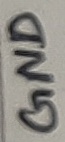
Text: GND